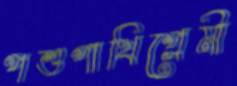
পশুপাখিপ্রেমী